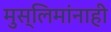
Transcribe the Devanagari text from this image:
मुस्लिमांनाही